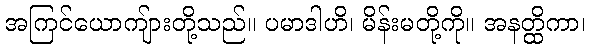
အကြင်ယောကျ်ားတို့သည်။ ပမာဒါဟိ၊ မိန်းမတို့ကို။ အနတ္ထိကာ၊